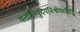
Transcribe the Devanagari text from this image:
यतोऽभ्युदयनिःश्रेयससिद्धि